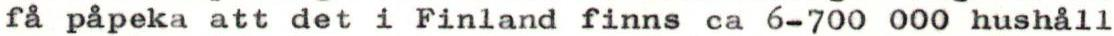
få påpeka att det i Finland finns ca 6-700 000 hushåll